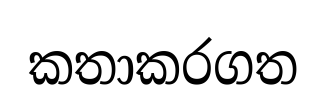
කතාකරගත